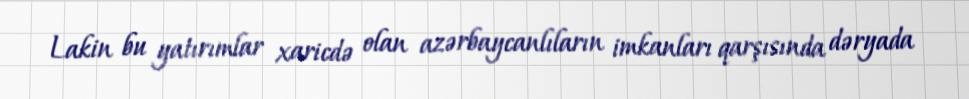
Lakin bu yatırımlar xaricdə olan azərbaycanlıların imkanları qarşısında dəryada